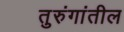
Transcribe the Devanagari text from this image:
तुरुंगांतील